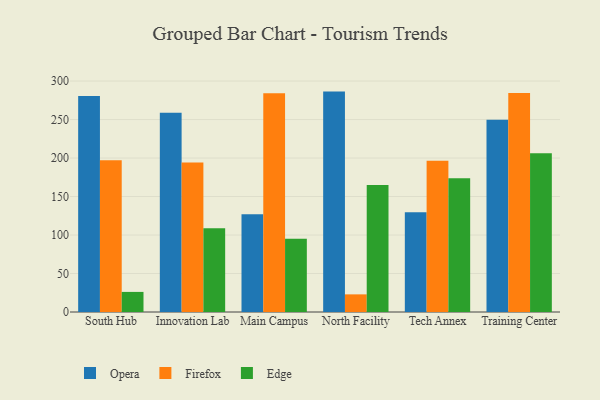
{"axis": {"x": "Campus", "y": "Operating Costs (USD K)"}, "legend": ["Edge", "Firefox", "Opera"], "data": [{"x": "South Hub", "y": 280.7, "type": "Opera"}, {"x": "South Hub", "y": 197.0, "type": "Firefox"}, {"x": "South Hub", "y": 26.1, "type": "Edge"}, {"x": "Innovation Lab", "y": 258.8, "type": "Opera"}, {"x": "Innovation Lab", "y": 194.1, "type": "Firefox"}, {"x": "Innovation Lab", "y": 108.7, "type": "Edge"}, {"x": "Main Campus", "y": 127.1, "type": "Opera"}, {"x": "Main Campus", "y": 284.2, "type": "Firefox"}, {"x": "Main Campus", "y": 95.0, "type": "Edge"}, {"x": "North Facility", "y": 286.3, "type": "Opera"}, {"x": "North Facility", "y": 22.9, "type": "Firefox"}, {"x": "North Facility", "y": 165.1, "type": "Edge"}, {"x": "Tech Annex", "y": 129.7, "type": "Opera"}, {"x": "Tech Annex", "y": 196.4, "type": "Firefox"}, {"x": "Tech Annex", "y": 173.6, "type": "Edge"}, {"x": "Training Center", "y": 249.6, "type": "Opera"}, {"x": "Training Center", "y": 284.5, "type": "Firefox"}, {"x": "Training Center", "y": 206.1, "type": "Edge"}]}